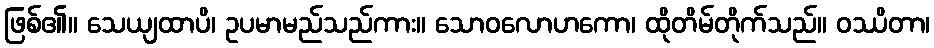
ဖြစ်၏။ သေယျထာပိ၊ ဥပမာမည်သည်ကား။ သောဝလောဟကော၊ ထိုတိမ်တိုက်သည်။ ဝဿိတာ၊